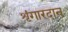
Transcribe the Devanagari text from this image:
शृंगारदान